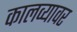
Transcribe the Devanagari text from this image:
कालव्यावर